Report of the King Institute of Preventive Medicine, Guindy
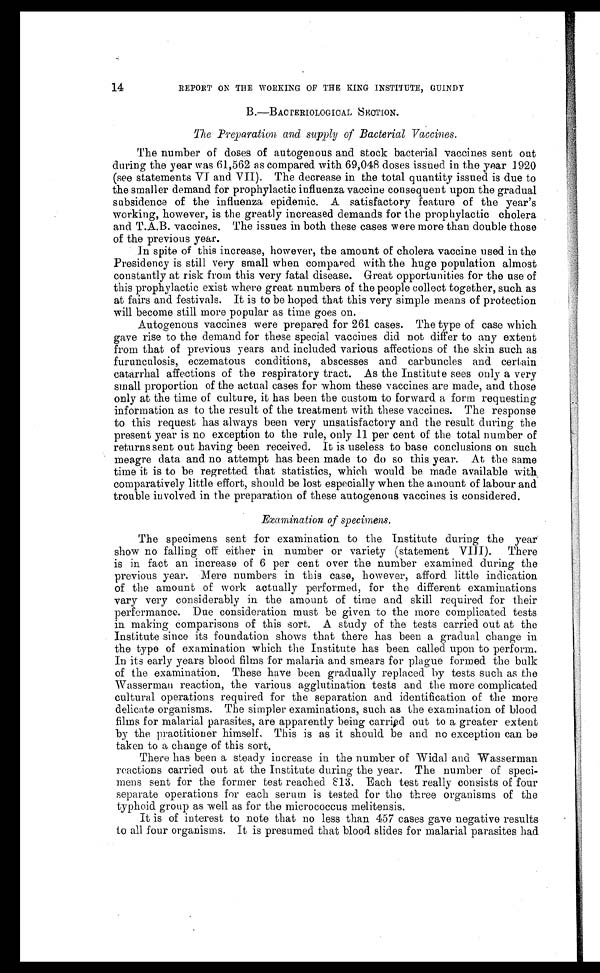
14
REPORT ON THE WORKING OF THE KING INSTITUTE, GUINDY
B.— BACTERIOLOGICAL SECTION.
The Preparation and supply of Bacterial Vaccines.
The number of doses of autogenous and stock bacterial vaccines sent out
during the year was 61,562 as compared with 69,048 doses issued in the year 1920
(see statements VI and VII). The decrease in the total quantity issued is due to
the smaller demand for prophylactic influenza vaccine consequent upon the gradual
subsidence of the influenza epidemic. A satisfactory feature of the year's
working, however, is the greatly increased demands for the prophylactic cholera
and T.A.B. vaccines. The issues in both these cases were more than double those
of the previous year.
In spite of this increase, however, the amount of cholera vaccine used in the
Presidency is still very small when compared with the huge population almost
constantly at risk from this very fatal disease. Great opportunities for the use of
this prophylactic exist where great numbers of the people collect together, such as
at fairs and festivals. It is to be hoped that this very simple means of protection
will become still more popular as time goes on.
Autogenous vaccines were prepared for 261 cases. The type of case which
gave rise to the demand for these special vaccines did not differ to any extent
from that of previous years and included various affections of the skin such as
furunculosis, eczematous conditions, abscesses and carbuncles and certain
catarrhal affections of the respiratory tract. As the Institute sees only a very
small proportion of the actual cases for whom these vaccines are made, and those
only at the time of culture, it has been the custom to forward a form requesting
information as to the result of the treatment with these vaccines. The response
to this request has always been very unsatisfactory and the result during the
present year is no exception to the rule, only 11 per cent of the total number of
returns sent out having been received. It is useless to base conclusions on such
meagre data and no attempt has been made to do so this year. At the same
time it is to be regretted that statistics, which would be made available with
comparatively little effort, should be lost especially when the amount of labour and
trouble involved in the preparation of these autogenous vaccines is considered.
Examination of specimens.
The specimens sent for examination to the Institute during the year
show no falling off either in number or variety (statement VIII). There
is in fact an increase of 6 per cent over the number examined during the
previous year. Mere numbers in this case, however, afford little indication
of the amount of work actually performed, for the different examinations
vary very considerably in the amount of time and skill required for their
performance. Due consideration must be given to the more complicated tests
in making comparisons of this sort. A study of the tests carried out at the
Institute since its foundation shows that there has been a gradual change in
the type of examination which the Institute has been called upon to perform.
In its early years blood films for malaria and smears for plague formed the bulk
of the examination. These have been gradually replaced by tests such as the
Wasserman reaction, the various agglutination tests and the more complicated
cultural operations required for the separation and identification of the more
delicate organisms. The simpler examinations, such as the examination of blood
films for malarial parasites, are apparently being carried out to a greater extent
by the practitioner himself, This is as it should be and no exception can be
taken to a change of this sort.
There has been a steady increase in the number of Widal and Wasserman
reactions carried out at the Institute during the year. The number of speci-
mens sent for the former test reached 813. Each test really consists of four
separate operations for each serum is tested for the three organisms of the
typhoid group as well as for the micrococcus melitensis.
It is of interest to note that no less than 457 cases gave negative results
to all four organisms. It is presumed that blood slides for malarial parasites had